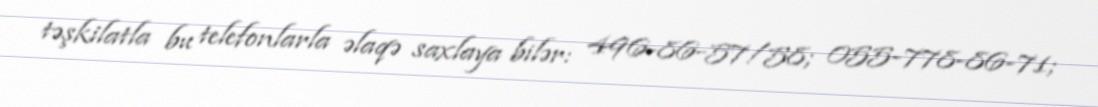
təşkilatla bu telefonlarla əlaqə saxlaya bilər: 496-86-57/58; 055-778-86-71;